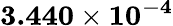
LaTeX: \mathbf{3.440\times 10^{-4}}